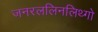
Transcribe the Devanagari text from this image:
जनरललिनलिथ्गो